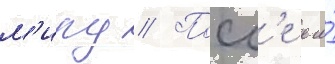
м'иру // Посл'е его́